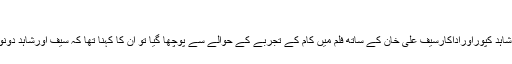
05:47 PM, 17 Feb, 2017
بھارتی میڈیا کے مطابق اداکارہ سے شاہد کپوراوراداکارسیف علی خان کے ساتھ فلم میں کام کے تجربے کے حوالے سے پوچھا گیا تو ان کا کہنا تھا کہ سیف اورشاہد دونوں ہی بہترین اورناقابل یقین اداکارہیں۔